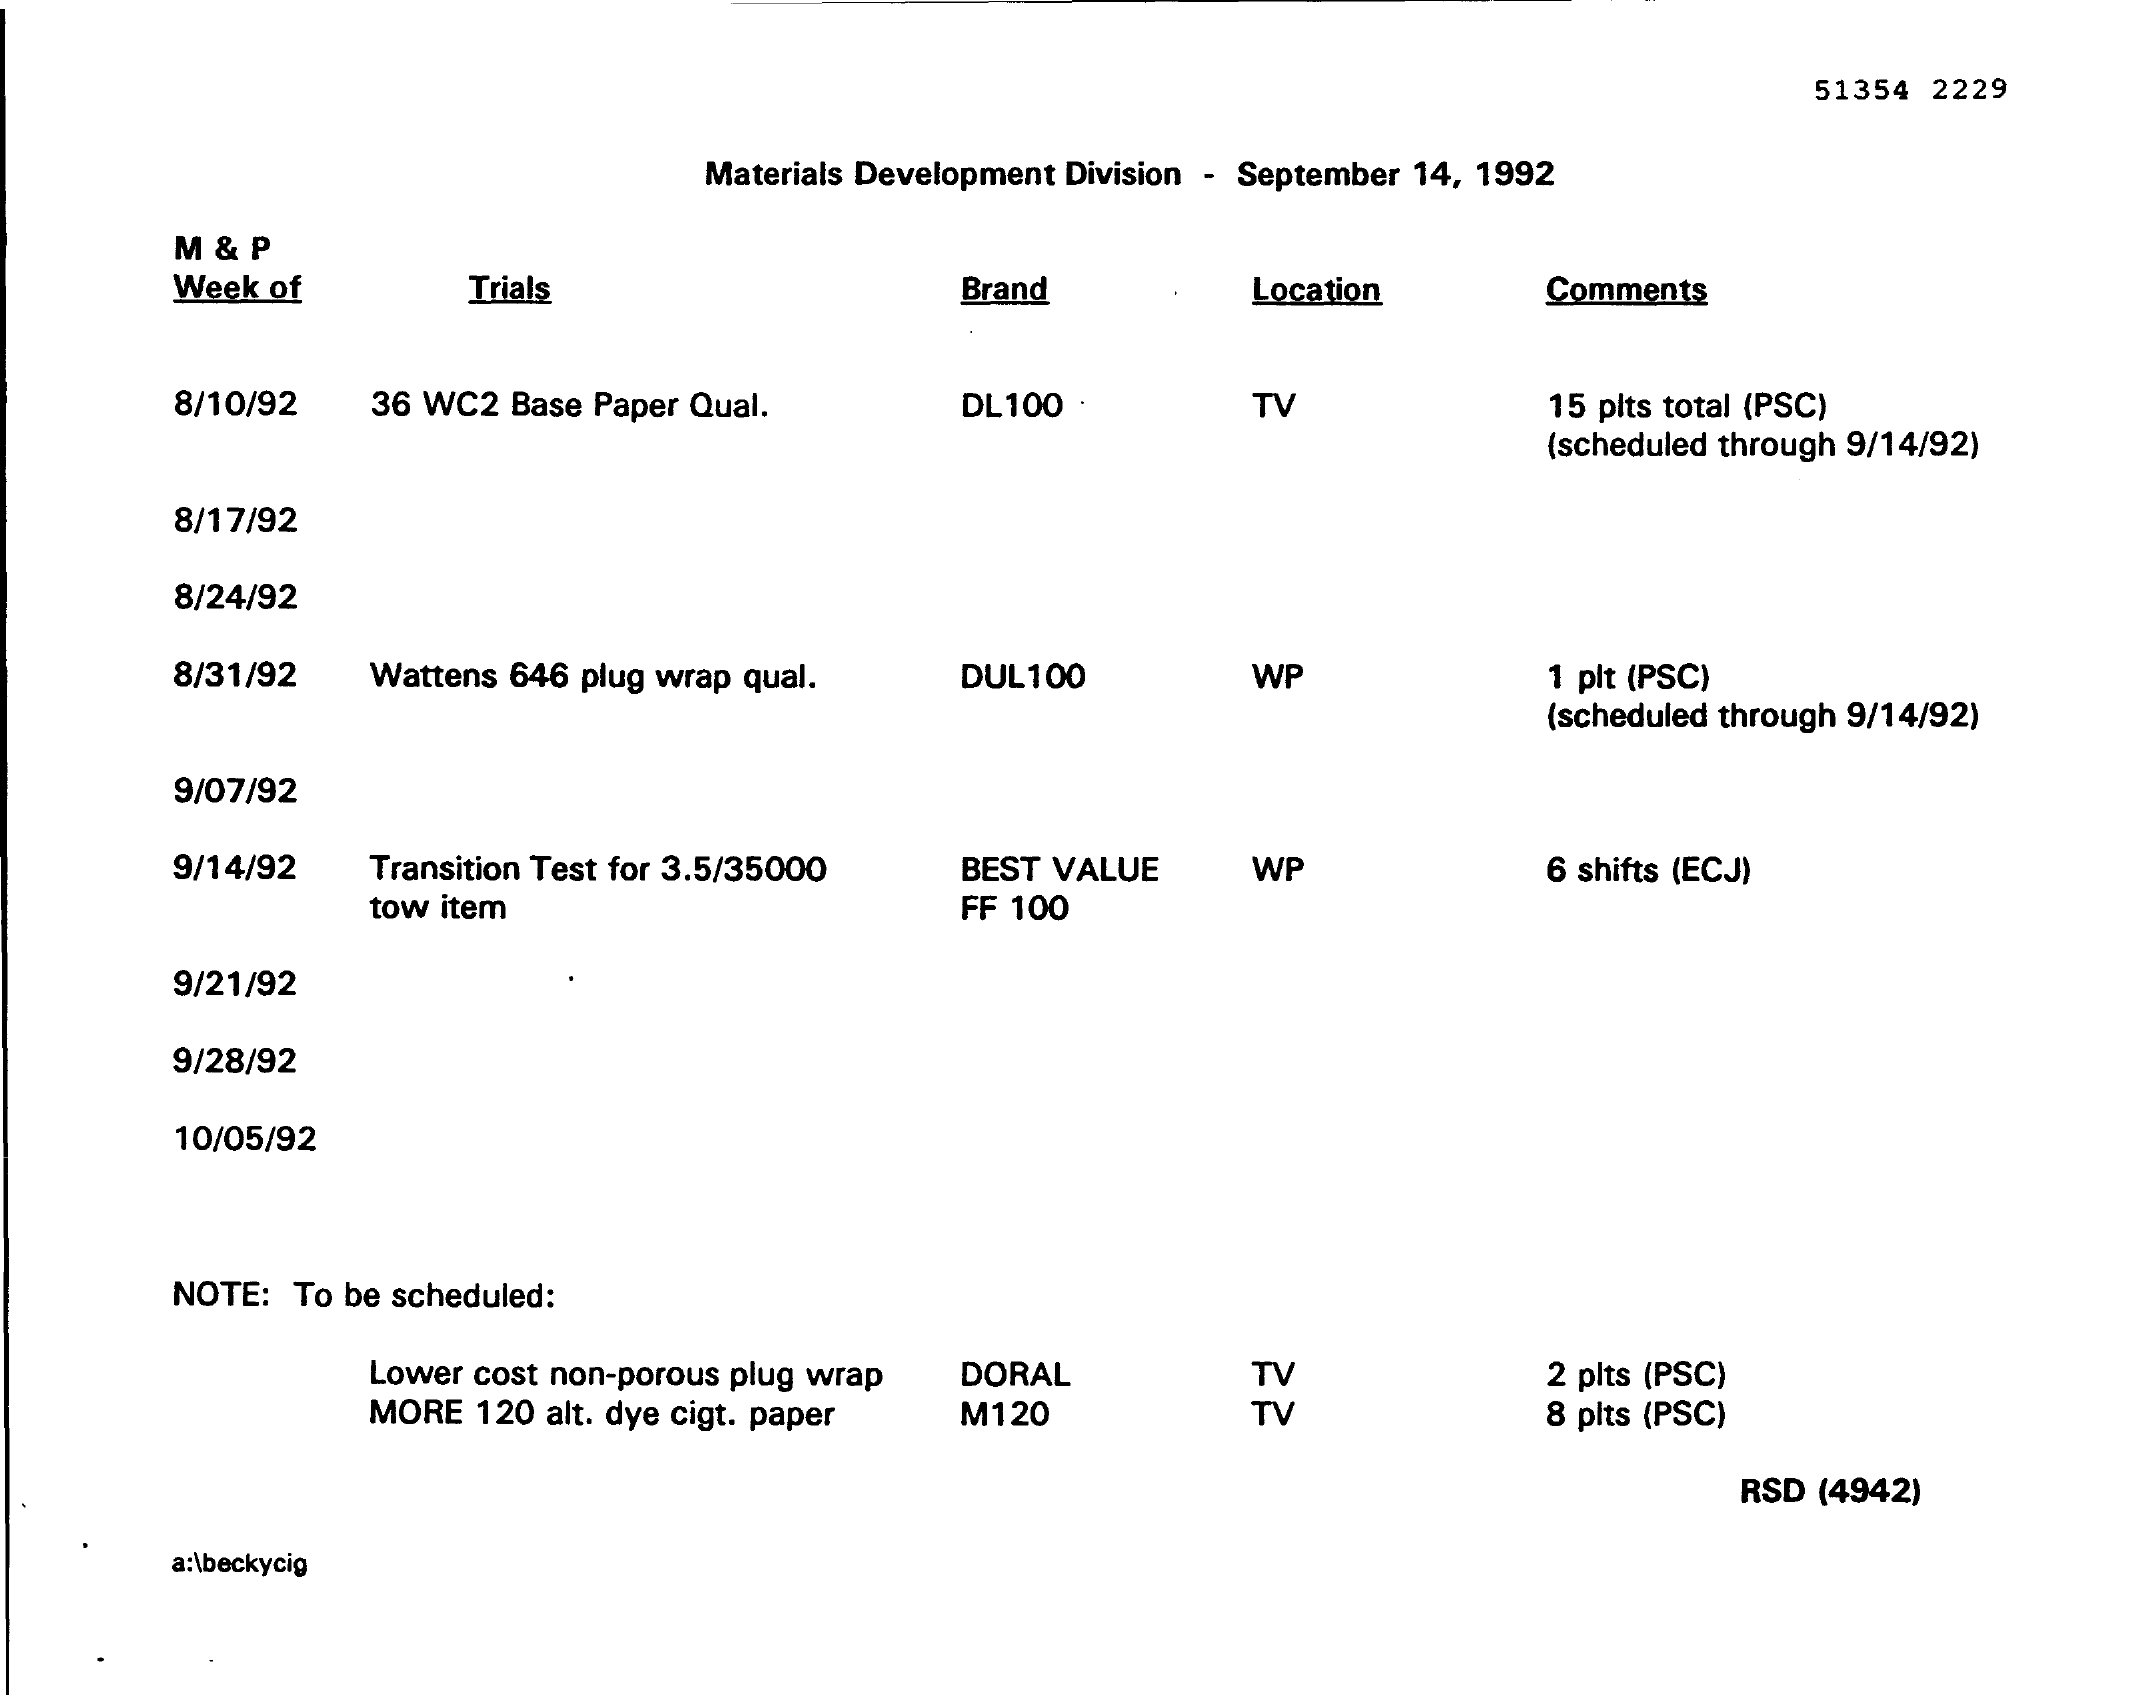
51354 2229
     Materials Development Division - September 14, 1992
     M & P
     Week of   Trials    Brand    Location  Comments
     8/10/92 36 WC2 Base Paper Qual. DL 100 TV    15 plts total (PSC)
     (scheduled through 9/14/92)
     8/17/92
     8/24/92
     8/31/92 Wattens 646 plug wrap qual. DUL100 WP   1 plt (PSC)
     (scheduled through 9/14/92)
     9/07/92
     9/14/92 Transition Test for 3.5/35000 BEST VALUE WP 6 shifts (ECJ)
     tow item    FF 100
     9/21/92
     9/28/92
     10/05/92
     NOTE: To be scheduled:
     Lower cost non-porous plug wrap DORAL 22
     MORE 120 alt. dye cigt. paper
     2 plts (PSC)
     M120    8 plts (PSC)
     RSD (4942)
     a:\beckycig